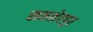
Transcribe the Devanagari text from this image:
समशेरपुर